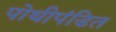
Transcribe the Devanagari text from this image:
पोथीपंडित